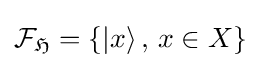
{\mathcal {F}}_{\mathfrak {H}}=\{|x\rangle \,,\,x\in X\}